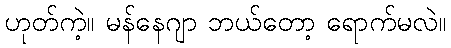
ဟုတ်ကဲ့။ မန်နေဂျာ ဘယ်တော့ ရောက်မလဲ။